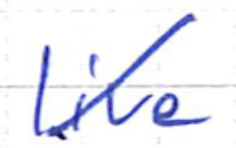
Text: live
Cross-out: diagonal
Writing tool: ballpoint